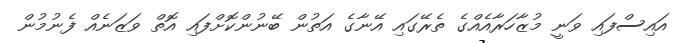
އައިސްފައި ވަނީ މުޒާހަރާއެއްގެ ތެރޭގައި އޭނާގެ އަތުން ބޭނުންކޮށްފައި އޮތް ވަޒަނެއް ފެނުމުން